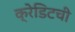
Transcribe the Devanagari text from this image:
क्रेडिटची